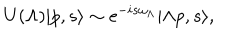
LaTeX: U ( \Lambda ) | p , s \rangle \sim \mathrm { e } ^ { - i s \omega _ { \Lambda } } | \Lambda p , s \rangle ,